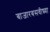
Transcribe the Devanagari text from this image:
बाजारबसवीच्च्या